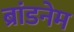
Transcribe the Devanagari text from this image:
ब्रांडनेम